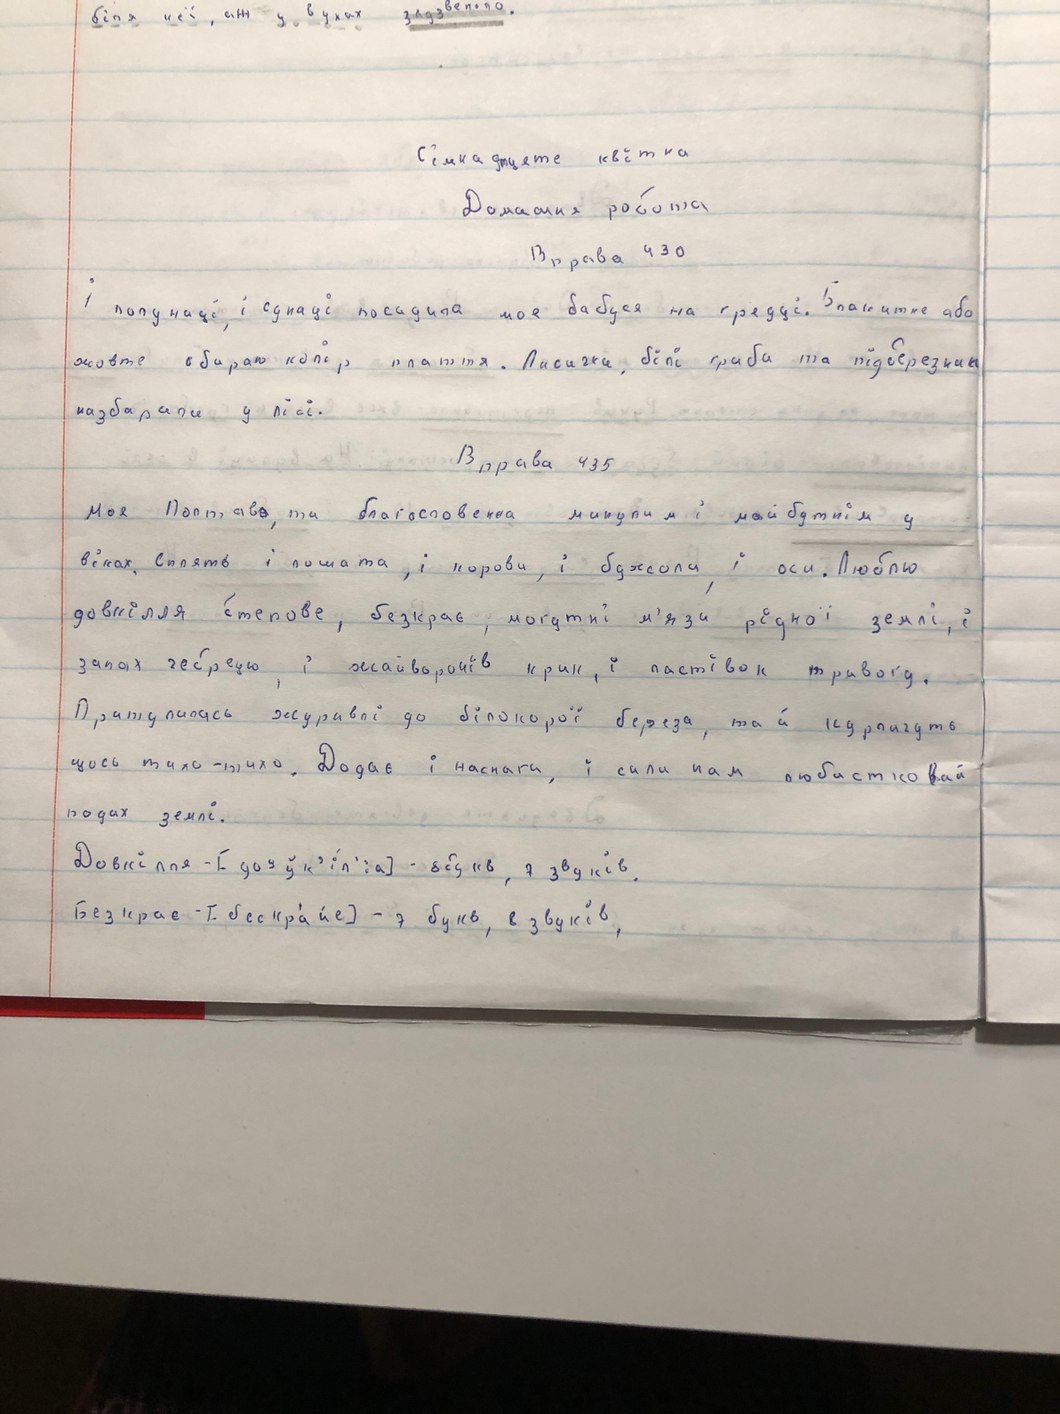
Сімнадцяте квітня
Домашня робота
Вправа 430
і полуниці, і суниці посадила моя бабусяна грядці. Блакитне або
жовте обираю колір плаття. Лисички, білі гриби та підберезники
назбирали у лісі.
Вправа 435
Моя Полтава, та благословенна минулим і майбутнім у
віках сплять і лошата, і корови, і бджоли, і оси. Люблю
довкілля степове, безкрає, могутні м'язи рідної землі, і
запах чебрецю, і жайворонів крик, і ластівок тривогу.
Притулились журавлі до білокорої берези та й курличуть
щось тихо-тихо. Додає і наснаги, і сили нам любистковий
подих землі.
Довкілля - [д о в к' і л': а ] 8-букв, 7-звуків.
Безкрає- [бес кра́-йе]-7 букв, 8 звуків.